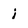
Character: j